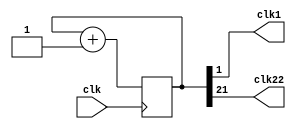
`timescale 1ns / 1ps
//////////////////////////////////////////////////////////////////////////////////
// Company: 
// Engineer: 
// 
// Design Name: 
// Module Name: clk_25MHz
// Project Name: 
// Target Devices: 
// Tool Versions: 
// Description: 
// 
// Dependencies: 
// 
// Revision:
// Revision 0.01 - File Created
// Additional Comments:
// 
//////////////////////////////////////////////////////////////////////////////////


module clk_25MHz(
	output clk1,
	input clk,
	output clk22
	);
reg [21:0] num;
wire [21:0] next_num;

always @(posedge clk) begin
  num <= next_num;
end

assign next_num = num + 1'b1;
assign clk1 = num[1];
assign clk22 = num[21];
endmodule